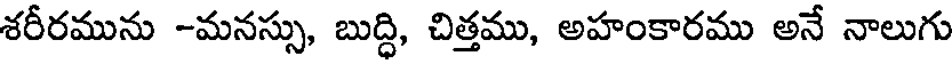
శరీరమును -మనస్సు, బుద్ధి, చిత్తము, అహంకారము అనే నాలుగు